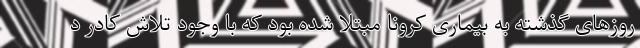
روزهای گذشته به بیماری کرونا مبتلا شده بود که با وجود تلاش کادر د